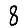
Digit: 8